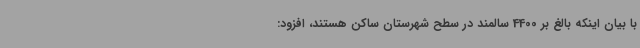
با بیان اینکه بالغ بر 4400 سالمند در سطح شهرستان ساکن هستند، افزود: